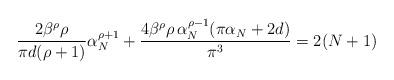
LaTeX: \begin{align*}\frac{2 \beta^{\rho} \rho}{\pi d (\rho + 1)} \alpha_{N}^{\rho + 1}+ \frac{4 \beta^{\rho} \rho\, \alpha_{N}^{\rho - 1} (\pi \alpha_{N} + 2d) }{\pi^{3}}= 2(N+1)\end{align*}